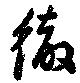
徹